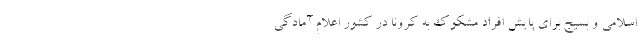
اسلامی و بسیج برای پایش افراد مشکوک به کرونا در کشور اعلام آمادگی